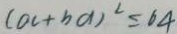
( a c + b d ) ^ { 2 } \leq 6 4